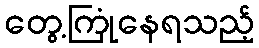
တွေ့ကြုံနေရသည့်